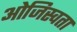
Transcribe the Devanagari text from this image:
ओजिस्वता